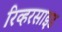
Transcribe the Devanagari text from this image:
रिव्हरसाइड